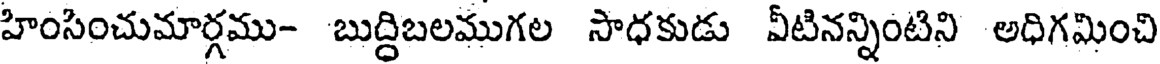
హింసించుమార్గము- బుద్దిబలముగల సాధకుడు వీటినన్నింటిని అధిగమించి